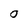
Character: 0